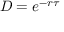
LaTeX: D = e ^ { - r \tau }